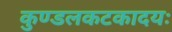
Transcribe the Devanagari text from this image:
कुण्डलकटकादयः